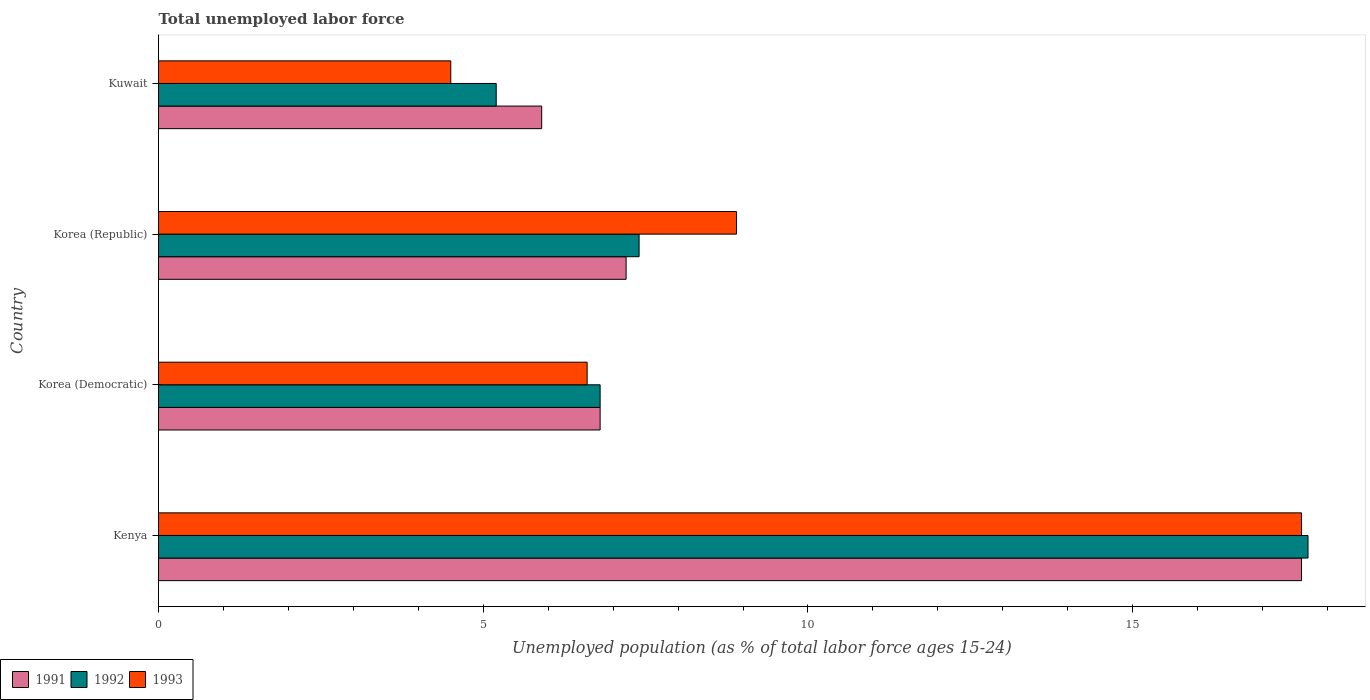
| Country | 1991 | 1992 | 1993 |
 | --- | --- | --- | --- |
 | Kenya | 17.6 | 17.7 | 17.6 |
 | Korea (Democratic) | 6.8 | 6.8 | 6.6 |
 | Korea (Republic) | 7.2 | 7.4 | 8.9 |
 | Kuwait | 5.9 | 5.2 | 4.5 |